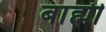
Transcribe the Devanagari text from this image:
बाह्मी